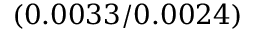
( 0 . 0 0 3 3 / 0 . 0 0 2 4 )